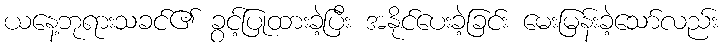
ယနေ့ဘုရားသခင်၏ ခွင့်ပြုထားခဲ့ပြီး အနိုင်ပေးခဲ့ခြင်း မေးမြန်းခဲ့သော်လည်း